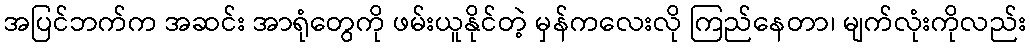
အပြင်ဘက်က အဆင်း အာရုံတွေကို ဖမ်းယူနိုင်တဲ့ မှန်ကလေးလို ကြည်နေတာ၊ မျက်လုံးကိုလည်း